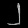
Digit: ၂